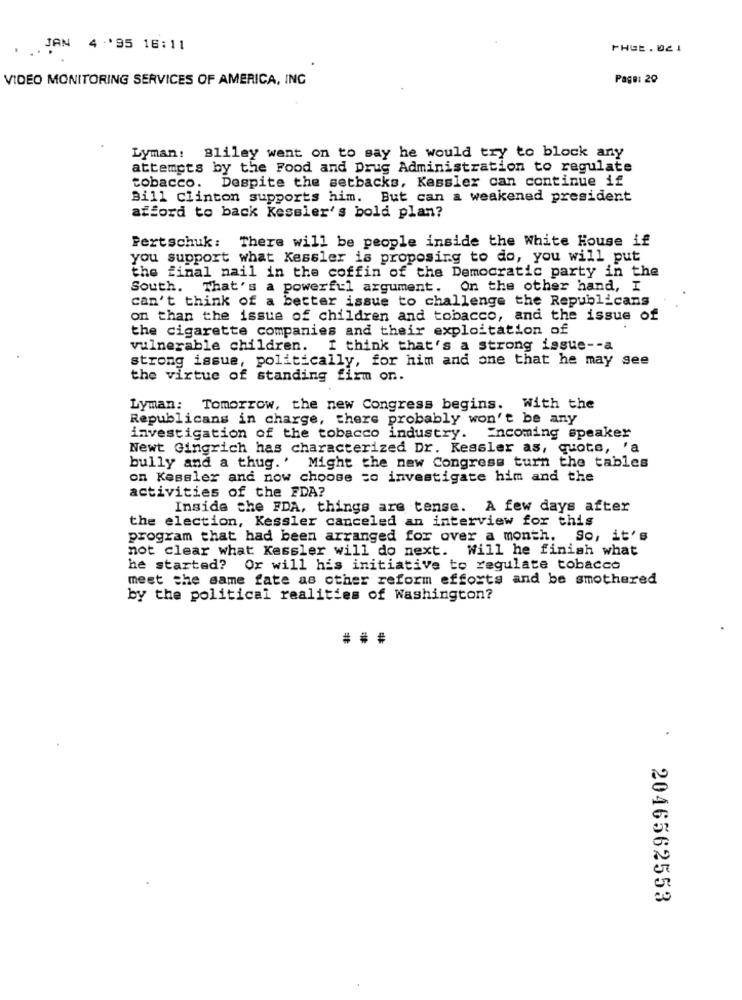
.
JAN 4 -'95 16:11
PHEE. 02 1
VIDEO MONITORING SERVICES OF AMERICA, INC
Page: 29
Lyman: Bliley went on to say he would try to block any
attempts by the Food and Drug Administration to regulate
tobacco. Despite the setbacks, Kessler can continue if
Bill clinton supports him. But can a weakened president
afford to back Kessler's bold plan?
Pertschuk: There will be people inside the White House if
you support what Kessler is proposing to do, you will put
the final nail in the coffin of the Democratic party in the
South. That's a powerful argument. On the other hand, I
can't think of a better issue to challenge the Republicans
on than the issue of children and tobacco, and the issue of
the cigarette companies and their exploitation of
vulnerable children. I think that's a strong issue -- a
strong issue, politically, for him and one that he may see
the virtue of standing firm on.
Lyman: Tomorrow, the new Congress begins. With the
Republicans in charge, there probably won't be any
investigation of the tobacco industry. Encoming speaker
Newt Gingrich has characterized Dr. Kessler as, quote, 'a
bully and a thug.' Might the new Congress turn the tables
on Kessler and now choose to investigate him and the
activities of the FDA?
Inside the FDA, things are tense. A few days after
the election, Kessler canceled an interview for this
program that had been arranged for over a month.
So, it's
not clear what Kessler will do next. Will he finish what
he started? Or will his initiative to regulate tobacco
meet the same fate as other reform efforts and be smothered
by the political realities of Washington?
.
2046562553